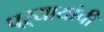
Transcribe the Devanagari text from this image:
पऱ्यायांची